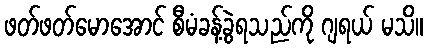
ဖတ်ဖတ်မောအောင် စီမံခန့်ခွဲရသည်ကို ဂျရယ် မသိ။